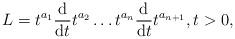
LaTeX: \begin{align*} L=t^{a_1}\frac{\mathrm d}{\mathrm{d}t}t^{a_2}\dots t^{a_n}\frac{\mathrm d}{\mathrm{d}t}t^{a_{n+1}},t>0, \end{align*}